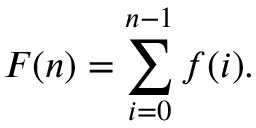
F ( n ) = \sum _ { i = 0 } ^ { n - 1 } f ( i ) .